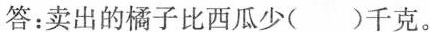
答：卖出的橘子比西瓜少( )千克。